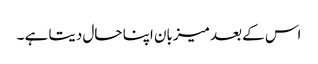
اس کے بعد میزبان اپنا حال دیتا ہے ۔